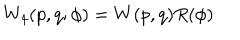
LaTeX: W _ { 4 } ( p , q ; \phi ) = W ( p , q ) R ( \phi )